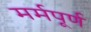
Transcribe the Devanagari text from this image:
मर्मपूर्ण